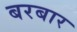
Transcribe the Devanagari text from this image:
बरबार